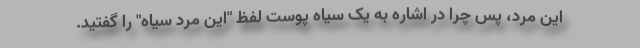
این مرد، پس چرا در اشاره به یک سیاه پوست لفظ "این مرد سیاه" را گفتید.